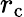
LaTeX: r_{\mathrm{c}}